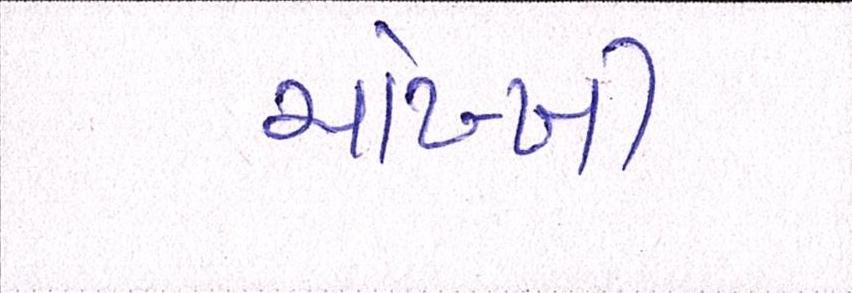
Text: ચોખ્ખી